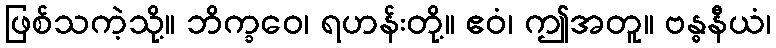
ဖြစ်သကဲ့သို့။ ဘိက္ခဝေ၊ ရဟန်းတို့။ ဧဝံ၊ ဤအတူ။ ဗန္ဓနီယံ၊